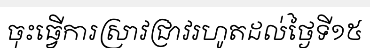
ចុះធ្វើការស្រាវជ្រាវរហូតដល់ថ្ងៃទី១៥